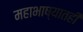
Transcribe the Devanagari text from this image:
महाभाष्यातही